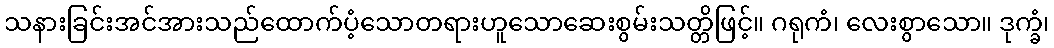
သနားခြင်းအင်အားသည်ထောက်ပံ့သောတရားဟူသောဆေးစွမ်းသတ္တိဖြင့်။ ဂရုကံ၊ လေးစွာသော။ ဒုက္ခံ၊